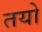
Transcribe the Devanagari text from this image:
तयो